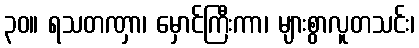
၃၀။ ရသတဏှာ၊ မှောင်ကြီးကာ၊ များစွာလူတသင်း၊